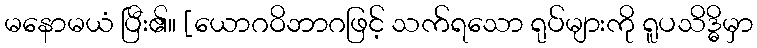
မနောမယံ ပြီး၏။ [ယောဂဝိဘာဂဖြင့် သက်ရသော ရုပ်များကို ရူပသိဒ္ဓိမှာ